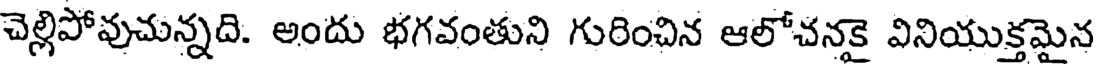
చెల్లిపోవుచున్నది. అందు భగవంతుని గురించిన ఆలోచనకై వినియుక్తమైన